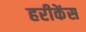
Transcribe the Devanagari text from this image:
हरीकेंस